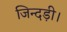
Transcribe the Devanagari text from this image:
जिन्दड़ी।